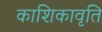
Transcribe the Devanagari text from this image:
काशिकावृति